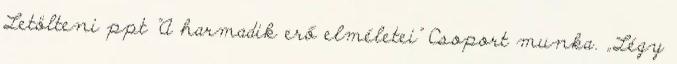
Letölteni ppt "A harmadik erő elméletei" Csoport munka. „Légy